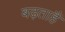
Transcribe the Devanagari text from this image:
बढ़ताहैं